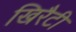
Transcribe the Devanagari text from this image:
खिरैटी